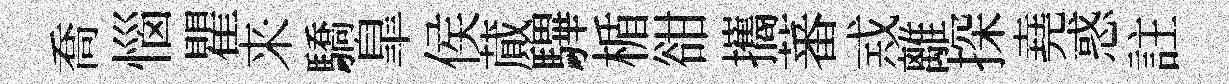
喬惱瞿来驕臯侯蕆驆楯𧮳攜蕃𢦶離探堯惑註